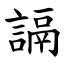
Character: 䛿